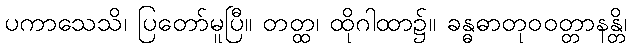
ပကာသေသိ၊ ပြတော်မူပြီ။ တတ္ထ၊ ထိုဂါထာ၌။ ခန္ဓဓာတုဝဝတ္တာနန္တိ၊